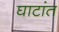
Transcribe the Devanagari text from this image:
घाटांत